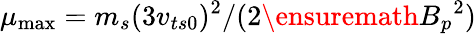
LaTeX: \mu_{\operatorname*{max}}=m_{s}(3v_{ts0})^{2}/(2\ensuremath{B_{p}}^{2})